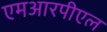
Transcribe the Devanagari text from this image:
एमआरपीएल